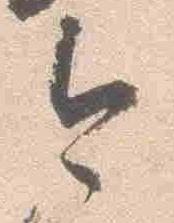
今